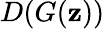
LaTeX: D(G(\mathbf{z}))